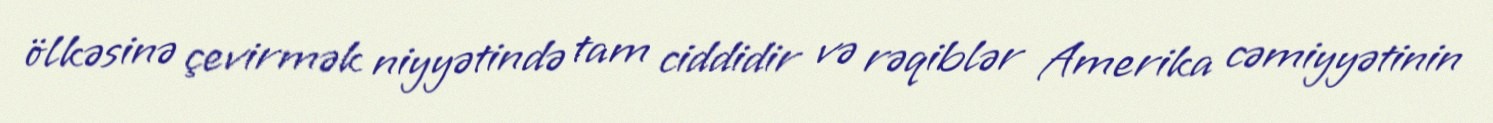
ölkəsinə çevirmək niyyətində tam ciddidir və rəqiblər Amerika cəmiyyətinin